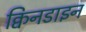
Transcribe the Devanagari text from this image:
क्विनडाइन